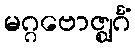
မဂ္ဂဗောဇ္ဈင်္ဂံ